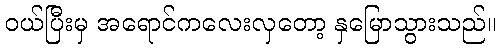
ဝယ်ပြီးမှ အရောင်ကလေးလှတော့ နှမြောသွားသည်။